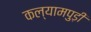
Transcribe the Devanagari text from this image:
कल्यामपुड़ी